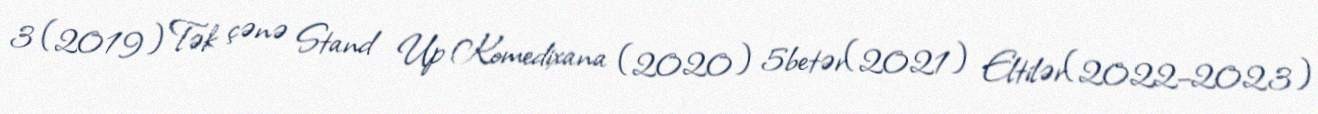
3 (2019) Tək çənə Stand Up Komedixana (2020) 5betər(2021) Eltilər(2022–2023)